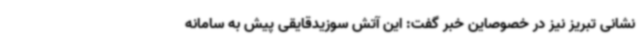
نشانی تبریز نیز در خصوصاین خبر گفت: این آتش سوزیدقایقی پیش به سامانه